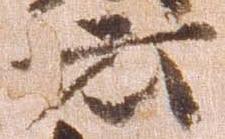
云